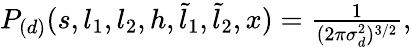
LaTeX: \begin{array}{r}{P_{(d)}(s,l_{1},l_{2},h,\tilde{l}_{1},\tilde{l}_{2},x)=\frac{1}{(2\pi\sigma_{d}^{2})^{3/2}},}\end{array}